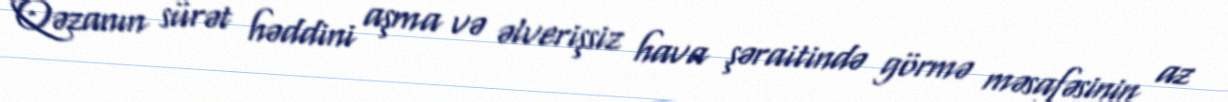
Qəzanın sürət həddini aşma və əlverişsiz hava şəraitində görmə məsafəsinin az